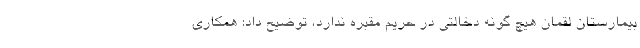
بیمارستان لقمان هیچ گونه دخالتی در حریم مقبره ندارد، توضیح داد: همکاری